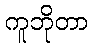
ကူဘိုတာ